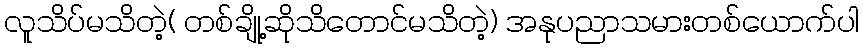
လူသိပ်မသိတဲ့( တစ်ချို့ဆိုသိတောင်မသိတဲ့) အနုပညာသမားတစ်ယောက်ပါ